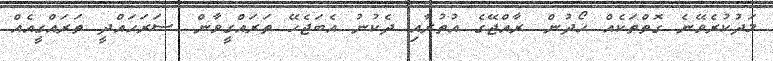
މަދުކުރެވޭނެ ގޮތްތަކެއް ހޯދުން. ރާއްޖޭގެ އުތުރާއި ދެކުނު އެބަޖެހޭ ތަރައްގީވާން. ސަރަހައްދީ ތަރައްގީއެއް